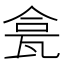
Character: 𱰊